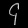
Digit: ၄